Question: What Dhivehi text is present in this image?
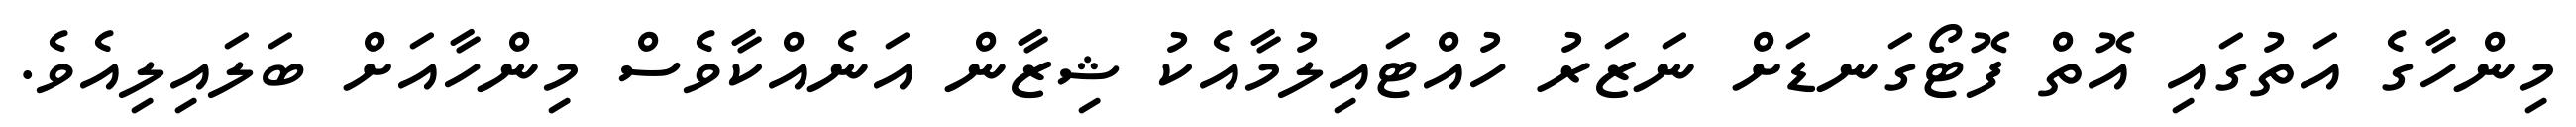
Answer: މިންހާގެ އަތުގައި އޮތް ފޮޓޯގަނޑަށް ނަޒަރު ހުއްޓައިލުމާއެކު ޝިޒާން އަނެއްކާވެސް މިންހާއަށް ބަލައިލިއެވެ.